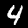
Digit: 4